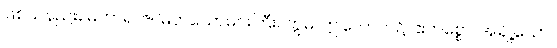
ဖြစ်သနည်း။ မဟာရာဇ၊ မြတ်သောမင်းကြီး။ ဣဓ၊ ဤလောက၌။ ဧကစ္စော၊ အချို့သော။